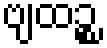
ဗျထဉ္စ